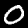
Digit: 0